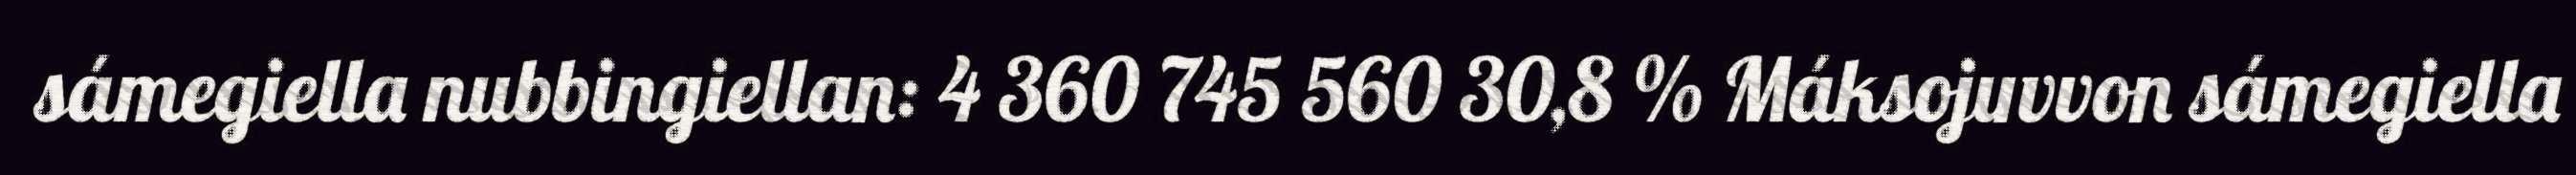
sámegiella nubbingiellan: 4 360 745 560 30,8 % Máksojuvvon sámegiella